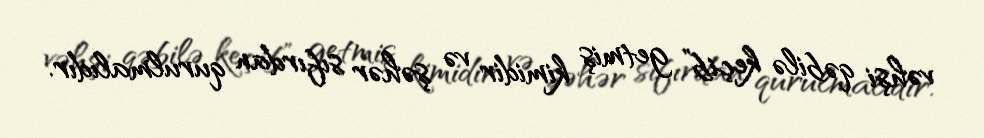
vəhşi qəbilə keçib” getmiş kimidir və şəhər sıfırdan qurulmalıdır.